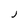
Character: J